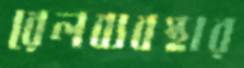
রেলব্যবস্থার